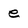
Character: e